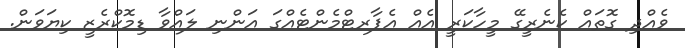
ވެއްދި ގޮތައް ކެނެރީގޭ މީހާކަރީ އެއް އެޕާރޓްމެންޓެއްގަ އަންނި ލައްވާ ޑިމޮކްރެޒީ ކިޔަވަން.